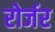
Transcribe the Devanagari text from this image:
रोर्जर